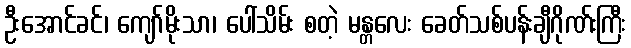
ဦးအောင်ခင်၊ ကျော်မိုးသာ၊ ပေါ်သိမ်း စတဲ့ မန္တလေး ခေတ်သစ်ပန်းချီဂိုဏ်းကြီး